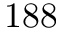
1 8 8